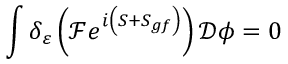
\int \delta _ { \varepsilon } \left( { \mathcal { F } } e ^ { i \left( S + S _ { g f } \right) } \right) { \mathcal { D } } \phi = 0